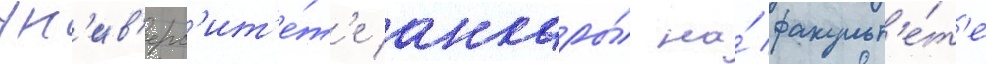
ун'ив'ерс'ит'е́т'е анкары́ на́ факульт'е́т'е